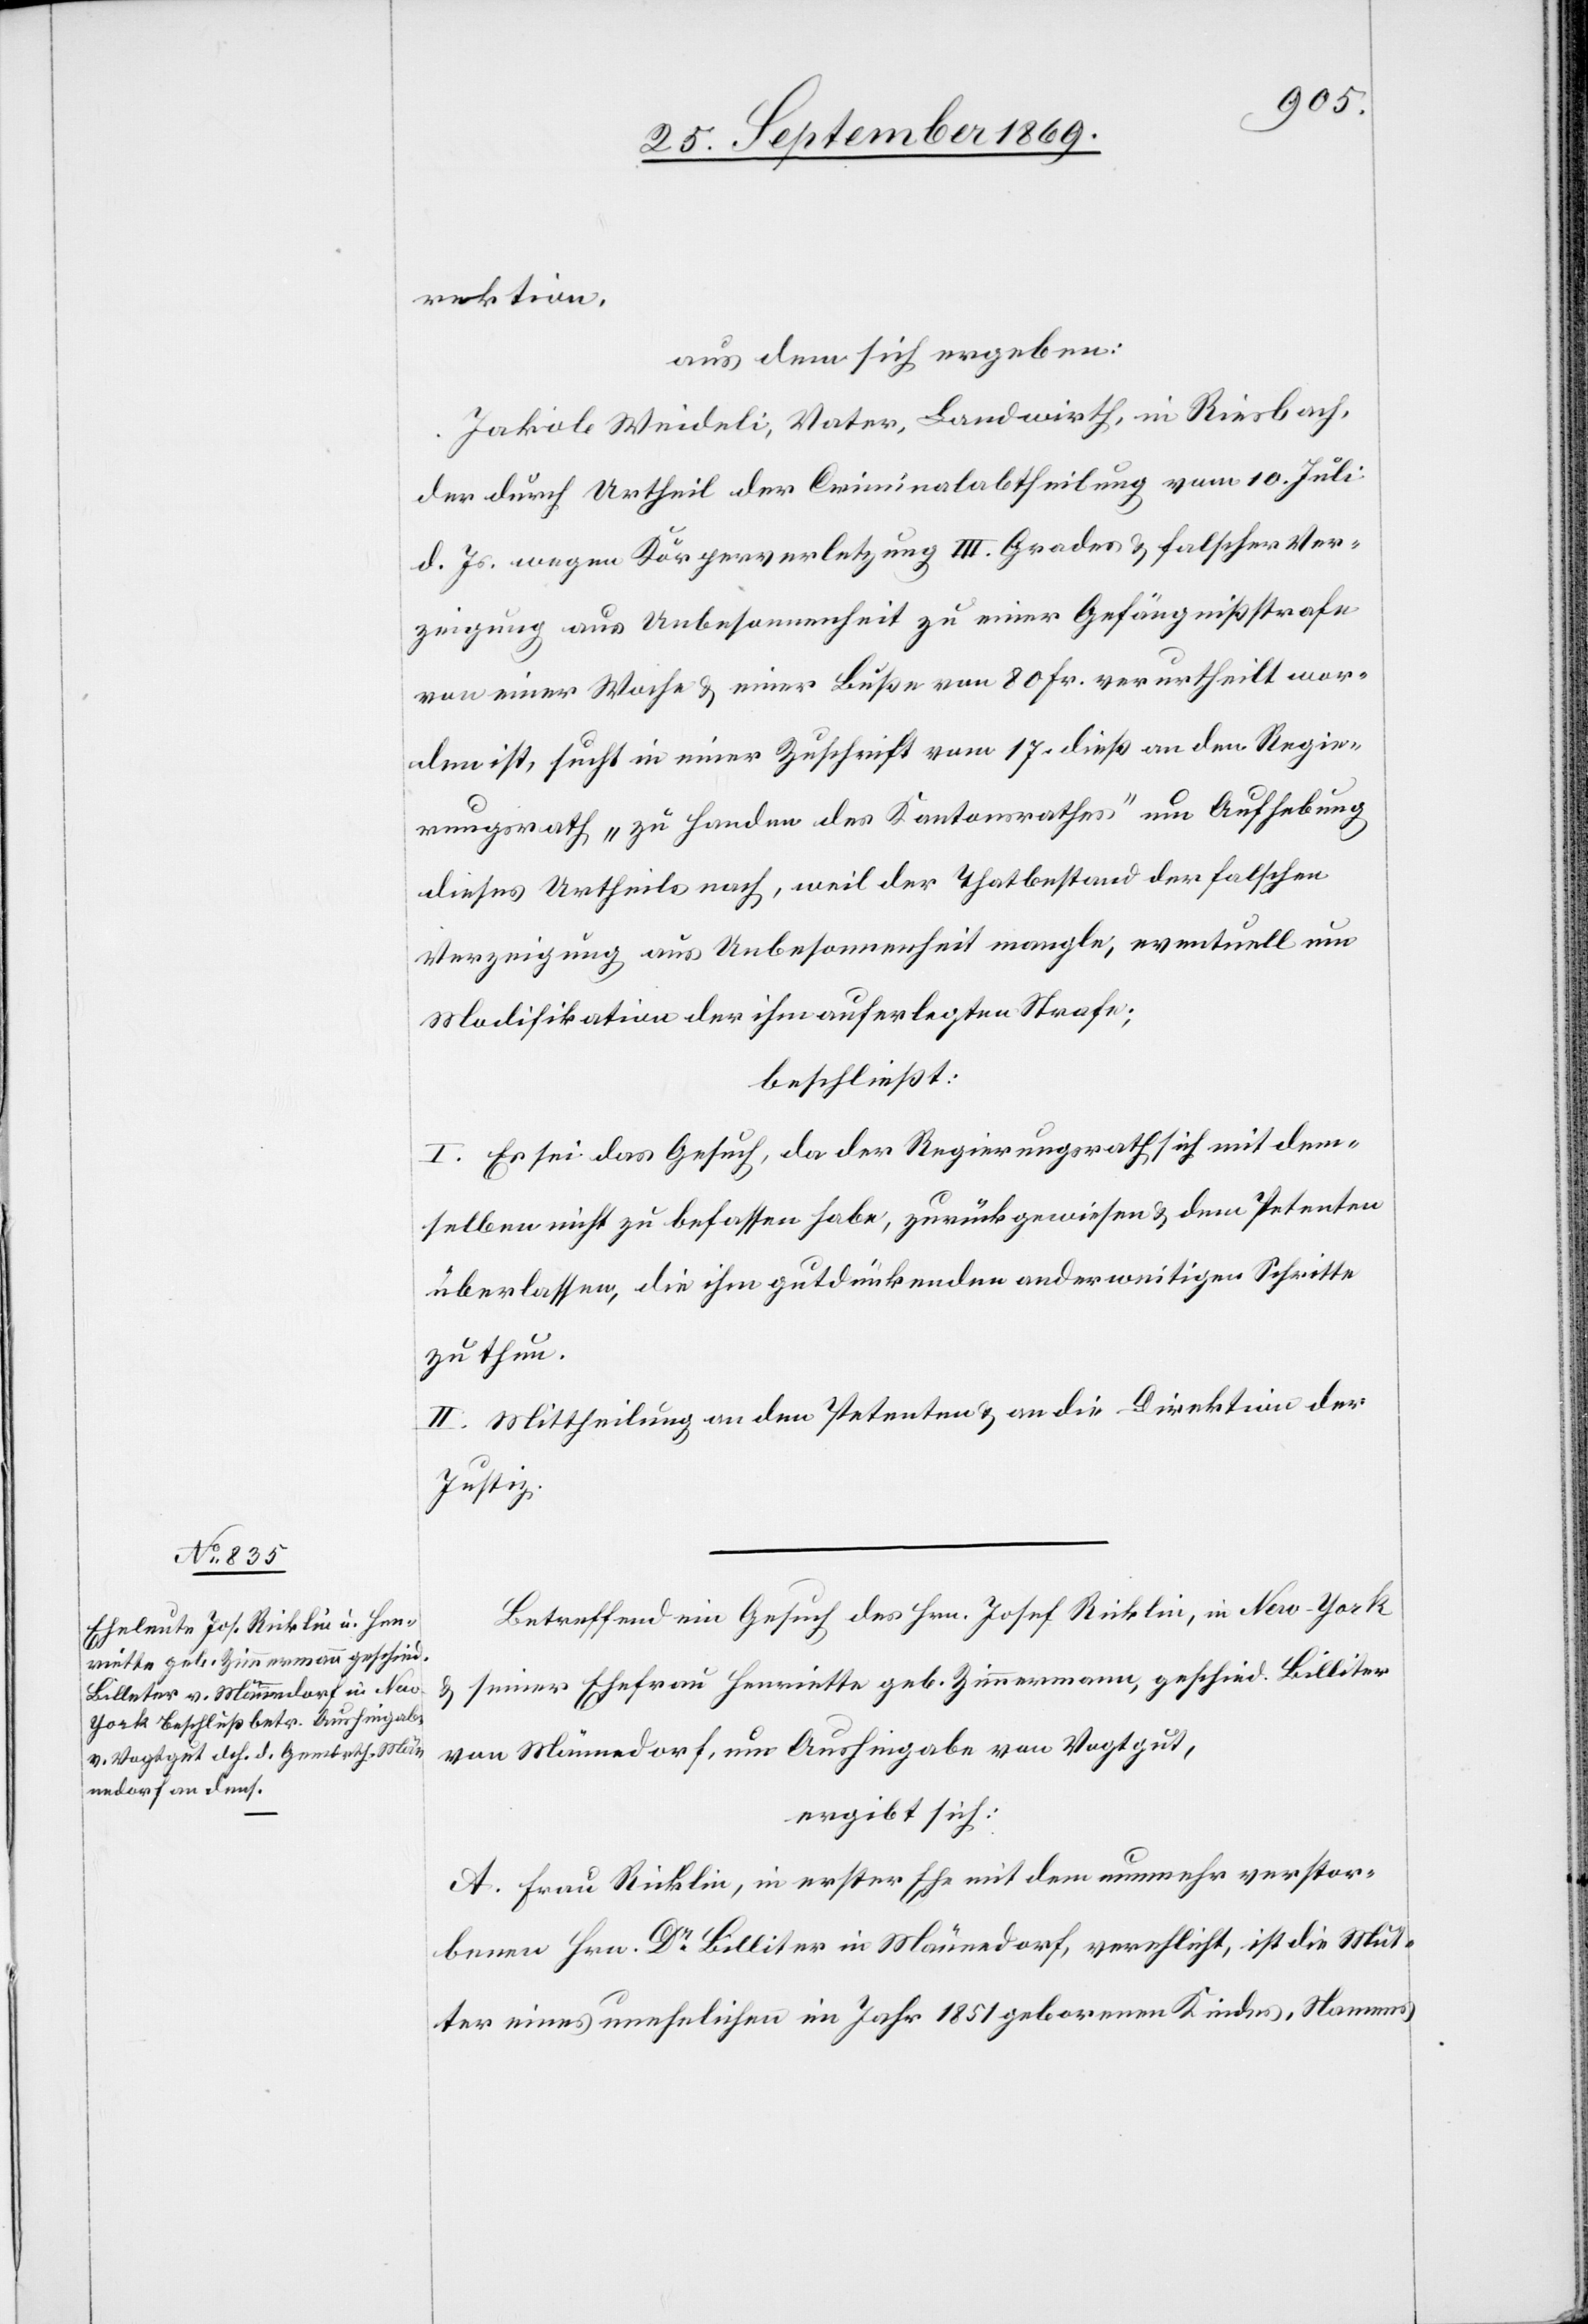
rektion,
aus dem sich ergeben:
Jakob Weideli, Vater, Landwirth, in Riesbach,
der durch Urtheil der Criminalabtheilung vom 10. Juli
d. Js. wegen Körperverletzung III. Grades & falscher Ver¬
zeigung aus Unbesonnenheit zu einer Gefängnißstrafe
von einer Woche & einer Buße von 80 Fr. verurtheilt wor¬
den ist, sucht in einer Zuschrift vom 17. dieß an den Regie¬
rungsrath „zu Handen des Kantonsrathes“ um Aufhebung
dieses Urtheils nach, weil der Thatbestand der falschen
Verzeigung aus Unbesonnenheit mangle, eventuell um
Modifikation der ihm auferlegten Strafe;
beschließt:
I. Es sei das Gesuch, da der Regierungsrath sich mit dem¬
selben nicht zu befassen habe, zurückgewiesen & dem Petenten
überlassen, die ihm gutdünkenden anderweitigen Schritte
zu thun.
II. Mittheilung an den Petenten & an die Direktion der
Justiz.
Betreffend ein Gesuch des Hrn. Josef Ricklin, in New-York
& seiner Ehefrau Henriette geb. Zimmermann, geschied. Billiter
von Männedorf, um Aushingabe von Vogtgut,
ergibt sich:
A. Frau Ricklin, in erster Ehe mit dem nunmehr verstor¬
benen Hrn. Dr Billiter in Männedorf, verehlicht, ist die Mut¬
ter eines unehelichen im Jahr 1851 geborenen Kindes, Namens